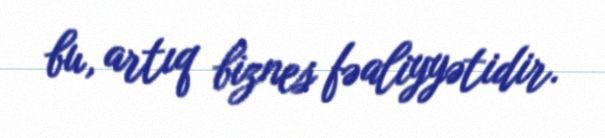
bu, artıq biznes fəaliyyətidir.